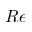
R e